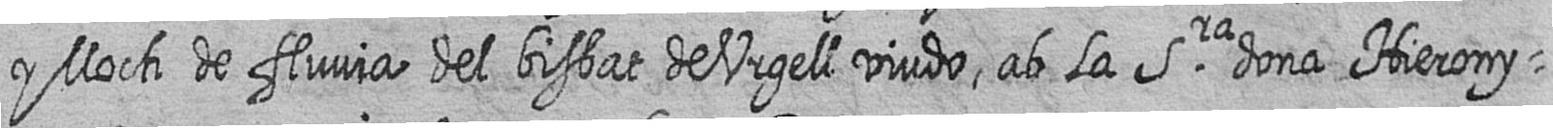
y lloch de fluvia del bisbat de Urgell viudo ab la Sra dona Hierony=